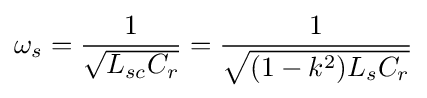
\omega _{s}={\frac {1}{\sqrt {L_{sc}C_{r}}}}={\frac {1}{\sqrt {(1-k^{2})L_{s}C_{r}}}}